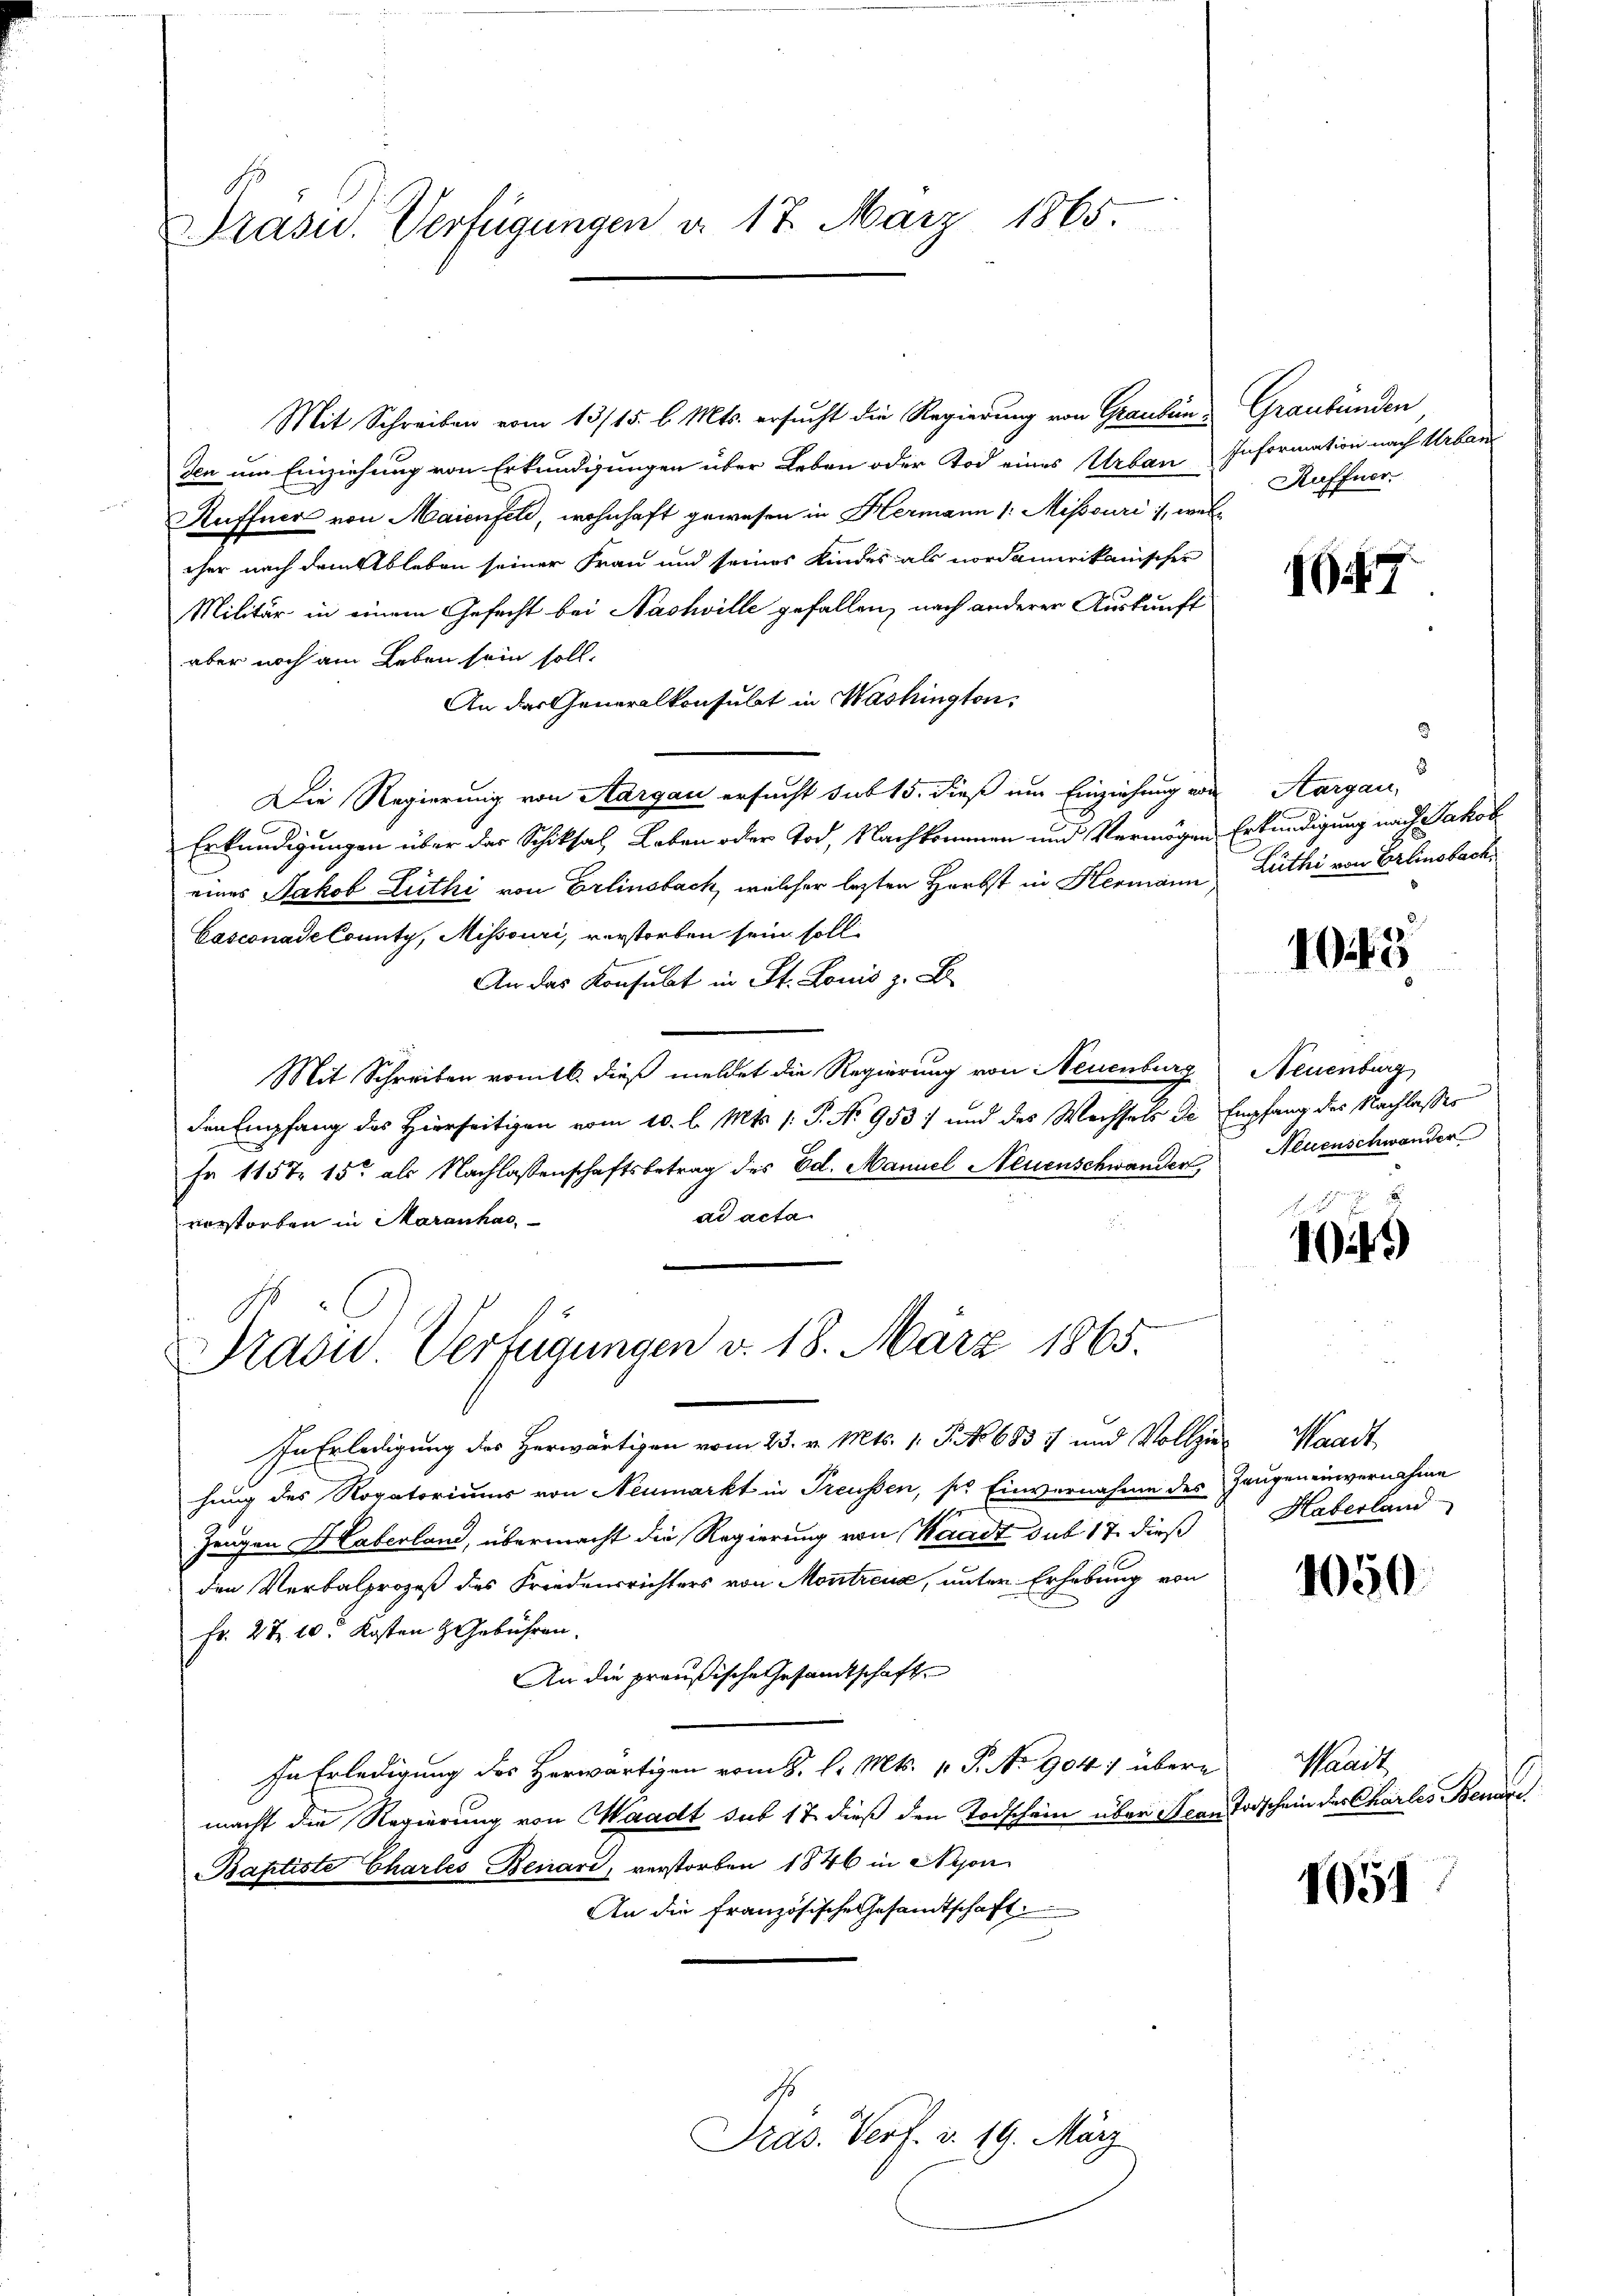
Präsid.. Verfügungen d. 17. März 1865.

Mit Schreiben vom 13/15. l. Mts. ersucht die Regierung von Graubünden um Einziehung von Erkundigungen über Leben oder Tod eines Urban Information nach Urban
Auffner von Maienfeld, wohnhaft gewesen in Hermann /: Misssuri, welrher nach dem Ableben seiner Frau und seines Kindes als nordamerikanischer
Militär in einem Gefecht bei Nashville gefallen, nach anderer Auskunft
aber noch am Leben sein soll.
An das Generalkonsulat in Washington,
Die Regierung von Aargau ersucht sub 15. dieß um Einziehung von
Erkundigungen über der Schiksal Leben oder Tod, Nachkommen und Vermögen
eines Jakob Zuthi von Erlinsbach, welcher letzten Herbst in Hermann
Casconade County, Missouri, verstorben sein soll.
An das Konsulat in St. Louis z. B.
Mit Schreiben romtl. dieß meldet die Regierung von Neuenburg
den Empfang des Hierseitigen vom 10. l. Mts. 1. P. No 953) und des Wechsels de Empfang des Nachlasses
Fr 1157. 15 als Nachlassenschaftsbetrag des Ed. Manuel Neuenschwander,
ad acta
vorstorben in Maranhac
Traon Verfügungen v. 18. März 1865.
In Erledigung des Herwärtigen vom 23. v. Mts. 1. P. No 6837 und Vollzie-Waadt
hung des Rogatoriums von Neumarkt in Treussen, ses Einvernahme des Zeugen einvernahme
Zeugen Haberland, übermacht die Regierung von Waadt sub 17. dieß
den Verbalprozeß des Friedensrichters von Montreux, unter Erhebung von
Fr. 27. 10. Kosten & Gebühren.
An die preußische Gesamtschafte
In Erledigung des Herwärtigen vom 8. d. Mts. 1. P. No 904. übere
macht die Regierung von Waadt sub 17 dieß den Todschein über Jean Todschein des Charles Benne
Baptiste Charles Benare, verstorben 1846 in Nyon
An die französische Gesandtschaft

Pras. Verf. d. 19. März

Graubünden
Kuffner.

7

3
8
Aargau,
Erkundigung nach Jakob
Lüthi von Erlinsbach,

15

Neuenburg
Neuenschwander

1049

Haberland

1050.

Waadt

1651